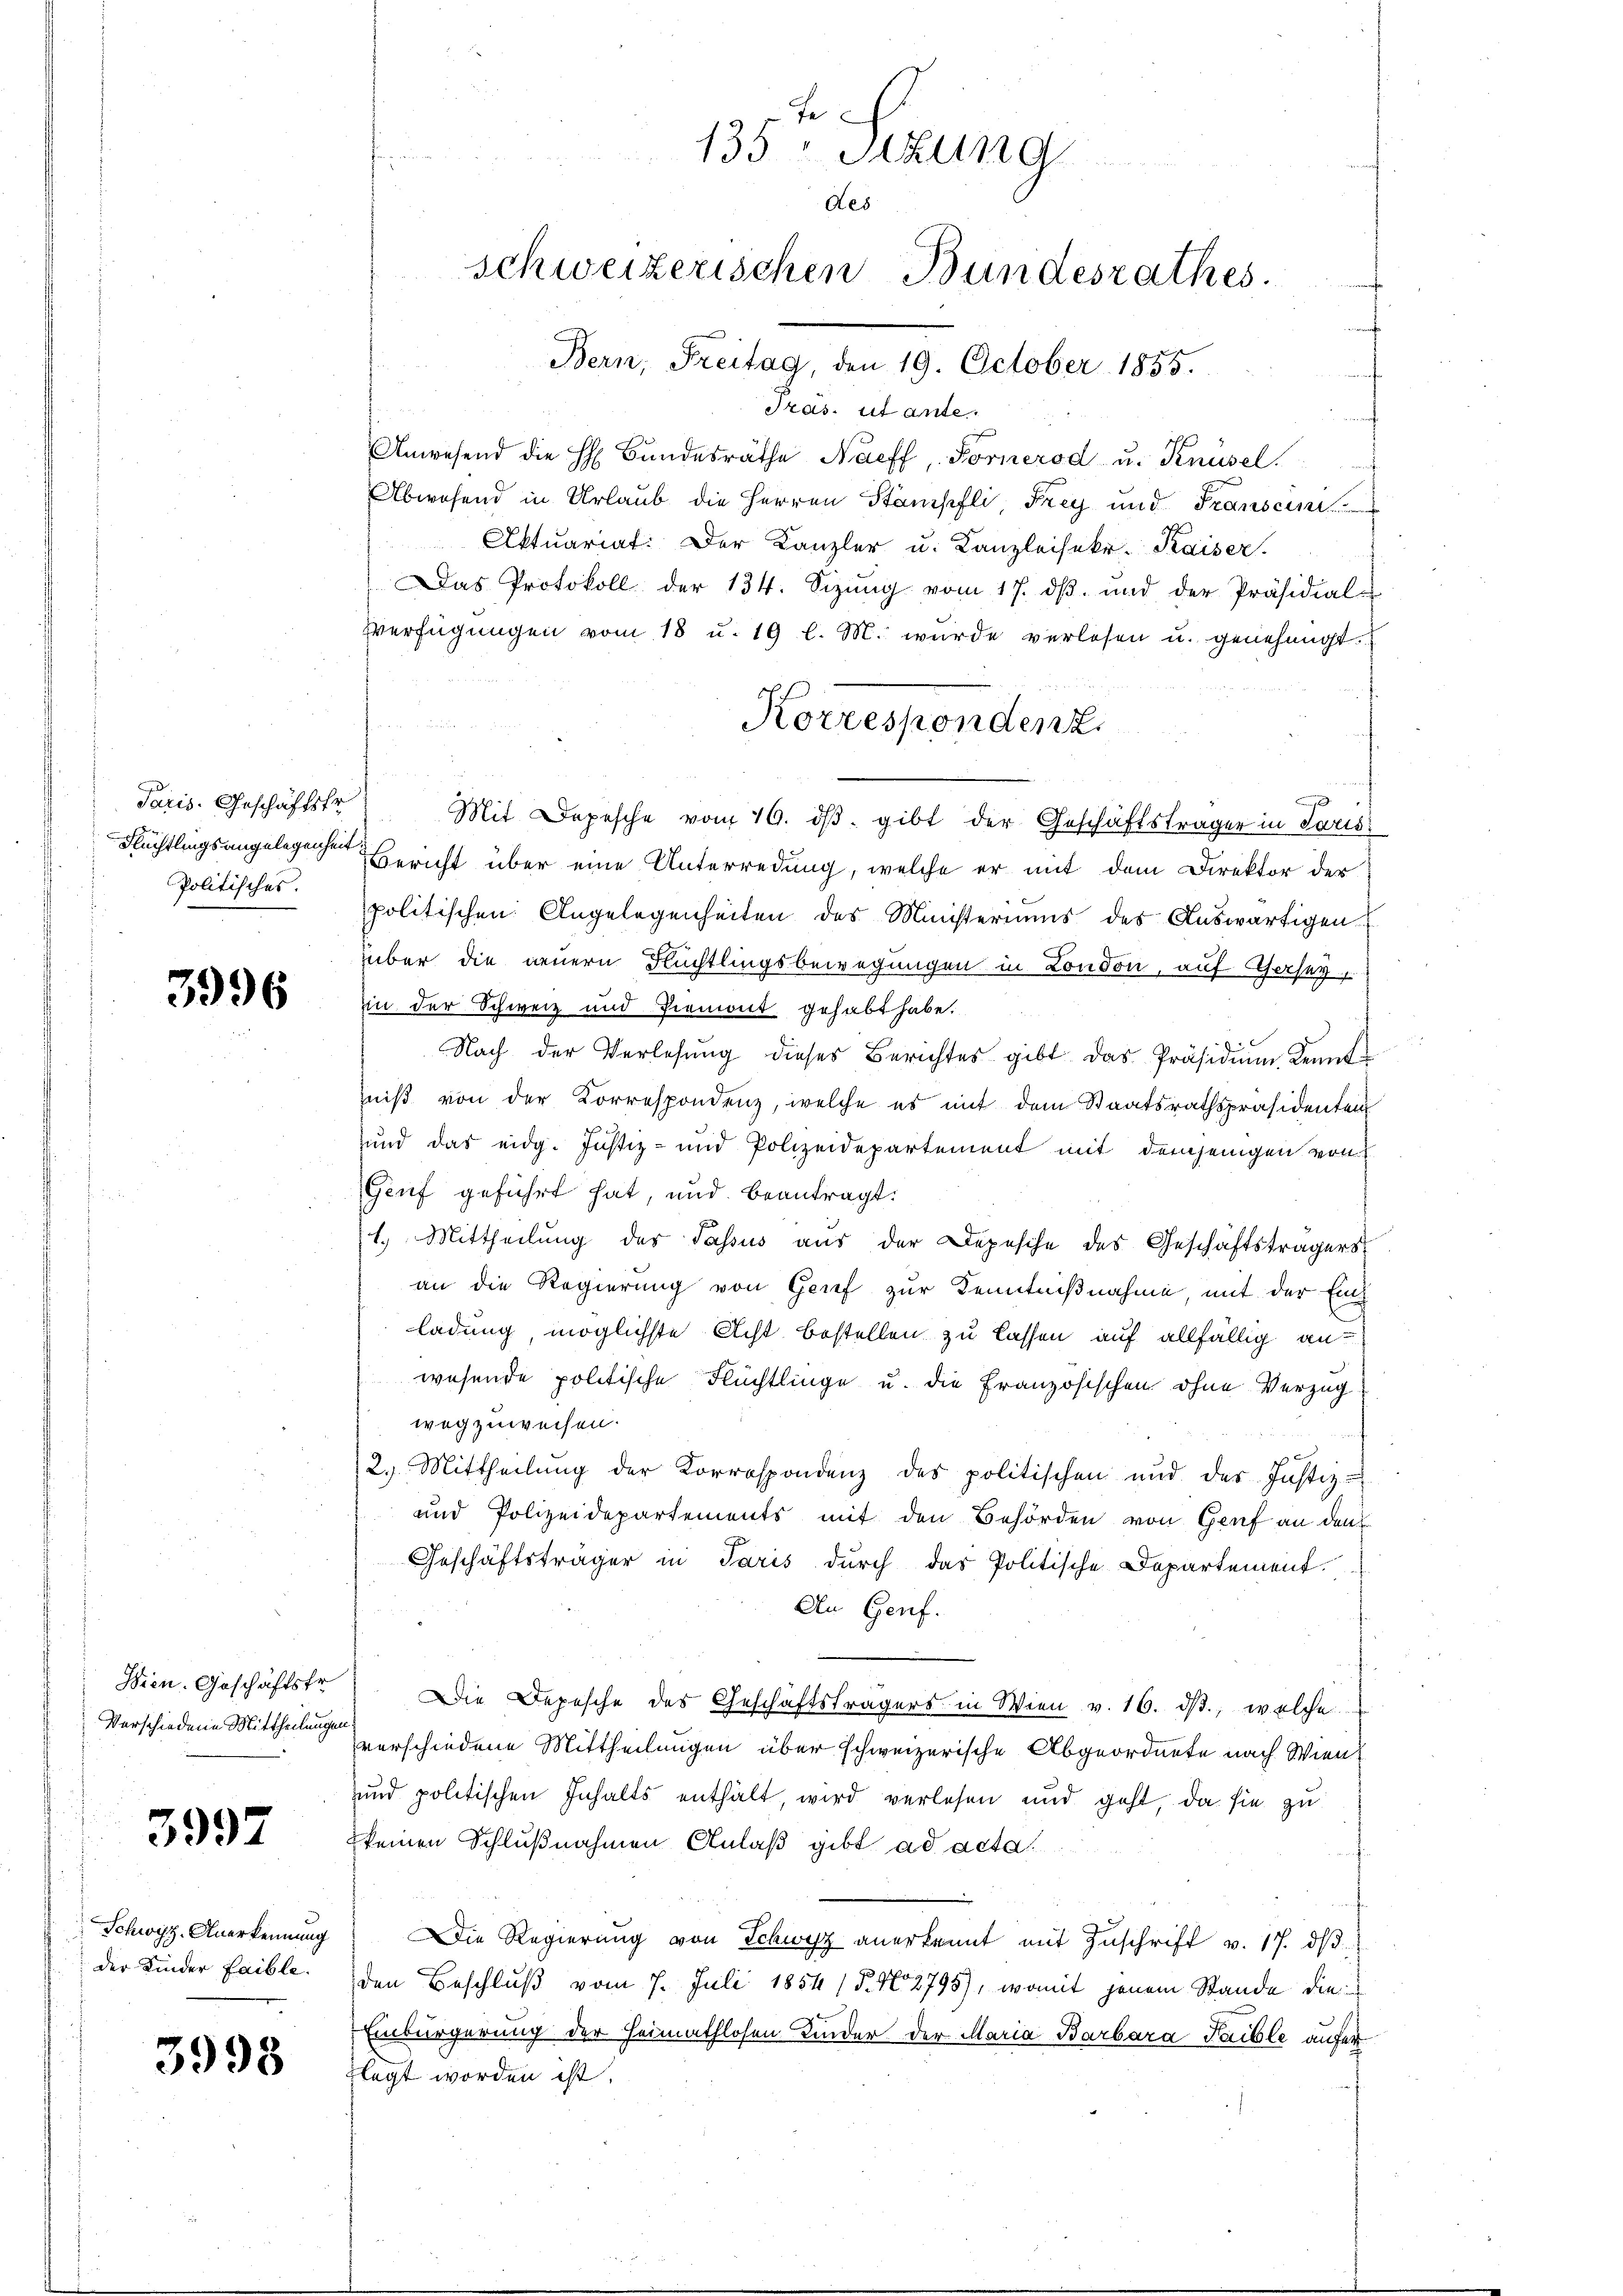
Paris. Geschäftsfr
Flüchtlings angelegenheit
Politisches.

3996

Wien. Geschäftsfr.
Verschiedene Mittheilungen

3997

Schwyz, Anerkennung
der Kinder Laible.

3998

135: Sizung
des
schweizerischen Bundesrathes.
Bern, Freitag, den 19. October 1855.

Pras. et ante.
Anwesend die H: Bundesräthe Naeff, Fornerod u. Knüsel
Abwesend in Urlaub die Herren Stämpfli Frey und Fransein
Aktuariat. Der Kanzler u. Kanzleisekr. Kaiser.
Das Protokoll der 134. Sizŭng vom 17. dβ. und der Präsidial-
Verfügungen vom 18 u. 19 l. M. wurde verlosen u. genehmigt.
.
Mit Depesche vom 16. dβ. gibt der Geschäftsträger in Saris
Bericht über eine Unterredung, welche er mit dem Direktor der
politischen Angelegenheiten des Ministeriums des Auswärtigen
über die neuern Flüchtlingsbewegungen in London, auf Gersag
in der Schweiz und Piemont gehabt habe.
Nach der Verlesung dieses Berichtes gibt das Präsidium Kennt
niß von der Korrespondenz, welche es mit dem Staatsrathspräsidenten
und das eidg. Justiz- und Polizeidepartement mit demjenigen von
Genf geführt hat, und beantragt.
1.) Mittheilung des Passus aus der Depesche des Geschäftsträgers
an die Regierung von Grief zur Kenntnißnahme mit der Ei
ladung, möglichste Acht bestellen zu lassen auf allfällig anwesende politische Flüchtlinge u. die Französischen ohne Verzug
wegzuweisen.
2.) Mittheilung der Korrespondenz des politischen und des Justiz-
und Polizeidepartements mit den Behörden von Genf an den
Geschäftsträger in Paris durch das Politische Departement.
An Genf.
Die Depesche des Geschäftsträgers in Wien v. 16. dβ. welche
verschiedene Mittheilungen über schweizerische Abgeordnete nach Wien
und politischen Inhalts enthält wird verlesen und geht, da sie zu
keinen Schlußnahmen Anlaß gibt ad acta
Die Regierung von Schwyz anerkannt mit Zuschrift v. 17. ds.
den Beschluß vom 7. Juli 1854 (5. No 2795), womit jenem Stande die
Einbürgerung der Heimathlosen Kinder der Maria Barbara Taible aufer
legt worden ist.

Korresponden z